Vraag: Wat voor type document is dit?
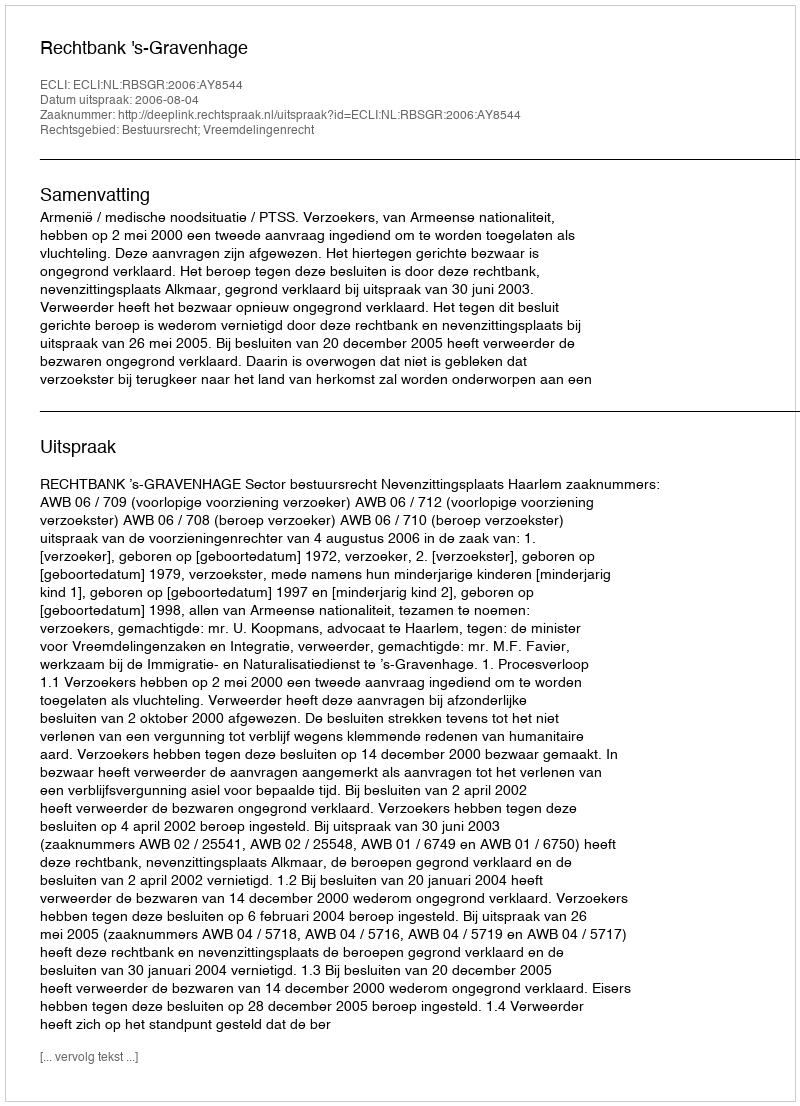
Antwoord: Uitspraak